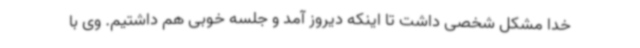
خدا مشکل شخصی داشت تا اینکه دیروز آمد و جلسه خوبی هم داشتیم. وی با